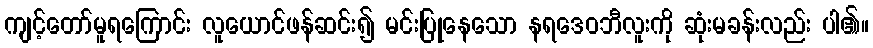
ကျင့်တော်မူရကြောင်း လူယောင်ဖန်ဆင်း၍ မင်းပြုနေသော နရဒေဝဘီလူးကို ဆုံးမခန်းလည်း ပါ၏။